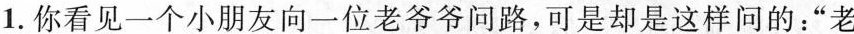
1. 你看见一个小朋友向一位老爷爷问路，可是却是这样问的：“老